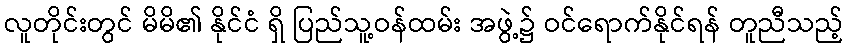
လူတိုင်းတွင် မိမိ၏ နိုင်ငံ ရှိ ပြည်သူ့ဝန်ထမ်း အဖွဲ့၌ ဝင်ရောက်နိုင်ရန် တူညီသည့်